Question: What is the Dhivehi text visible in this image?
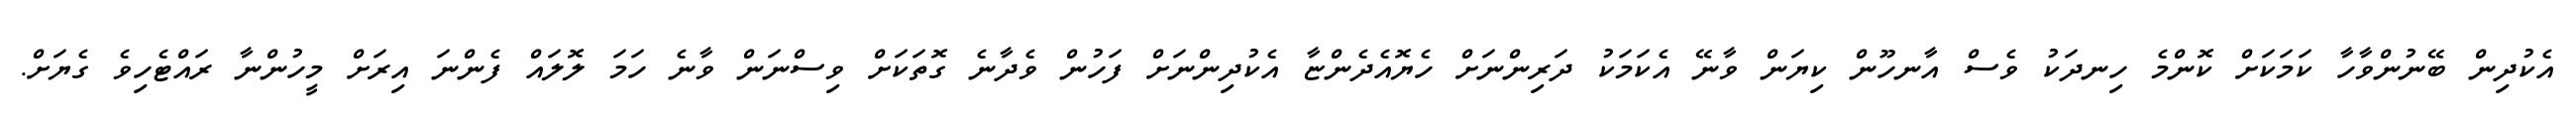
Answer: އެކުދިން ބޭނުންވާހާ ކަމަކަށް ކޮންމެ ހިނދަކު ވެސް އާނހޫން ކިޔަން ވާނޭ އެކަމަކު ދަރިންނަށް ހެޔޮއެދެންޏާ އެކުދިންނަށް ފަހުން ވެދާނެ ގޮތަކަށް ވިސްނަން ވާނެ ހަމަ ލޮލައް ފެންނަ އިރަށް މީހުންނާ ރައްޓެހިވެ ގެޔަށް.